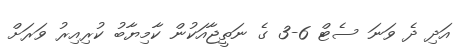
އަދި ދެ ވަނަ ސެޓް 6-3 ގެ ނަތީޖާއަކުން ކާމިޔާބު ކުރިއިރު ވަރަށް